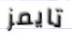
تايمز